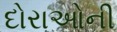
દોરાઓની